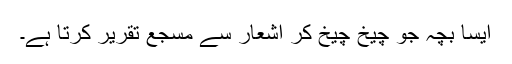
ایسا بچہ جو چیخ چیخ کر اشعار سے مسجع تقریر کرتا ہے۔